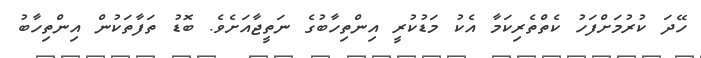
ހޭދަ ކުރުމަށްފަހު ކެތްތެރިކަމާ އެކު މަޑުކުރީ އިންތިހާބުގެ ނަތީޖާއަށެވެ. ބޮޑު ތަފާތަކުން އިންތިހާބު